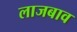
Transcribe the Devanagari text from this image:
लाजबाव